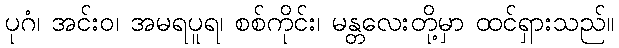
ပုဂံ၊ အင်းဝ၊ အမရပူရ၊ စစ်ကိုင်း၊ မန္တလေးတို့မှာ ထင်ရှားသည်။